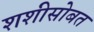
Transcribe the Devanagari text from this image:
शशीसोबत